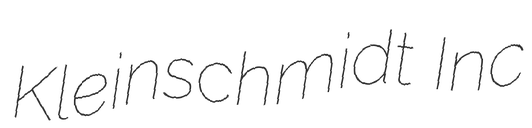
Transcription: Kleinschmidt Inc